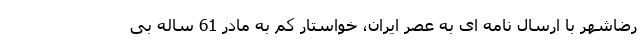
رضاشهر با ارسال نامه ای به عصر ایران، خواستار کم به مادر 61 ساله بی